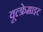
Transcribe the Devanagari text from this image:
वूल्फ्रेमाइट